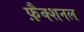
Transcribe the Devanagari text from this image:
फ़ैक्शनल